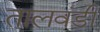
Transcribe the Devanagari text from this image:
तालवंडी